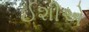
ઈશીએ